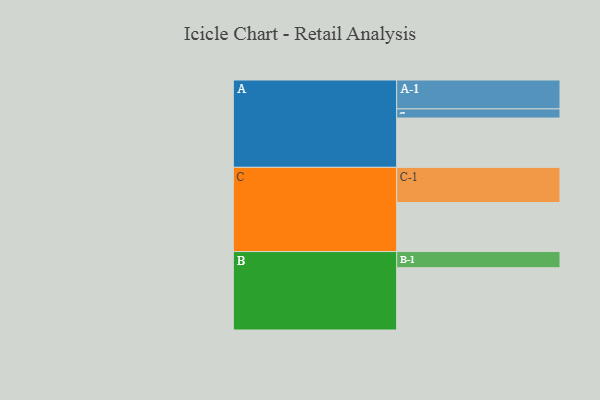
{"axis": {"x": "Segment", "y": "Value"}, "legend": ["", "A", "B", "C"], "data": [{"x": "A", "y": 360, "type": ""}, {"x": "B", "y": 455, "type": ""}, {"x": "C", "y": 358, "type": ""}, {"x": "A-1", "y": 211, "type": "A"}, {"x": "A-2", "y": 67, "type": "A"}, {"x": "B-1", "y": 118, "type": "B"}, {"x": "C-1", "y": 257, "type": "C"}]}